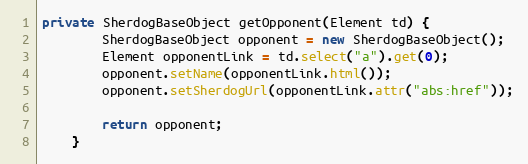
Language: Java
private SherdogBaseObject getOpponent(Element td) {
        SherdogBaseObject opponent = new SherdogBaseObject();
        Element opponentLink = td.select("a").get(0);
        opponent.setName(opponentLink.html());
        opponent.setSherdogUrl(opponentLink.attr("abs:href"));

        return opponent;
    }